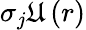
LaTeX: \sigma_{j}\mathfrak{U}\left(r\right)